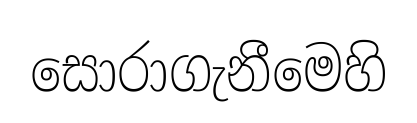
සොරාගැනීමෙහි